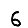
Digit: 6